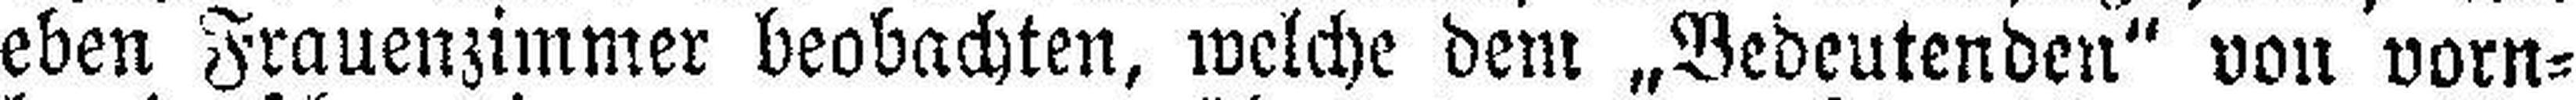
eben Frauenzimmer beobachten, welche dem „Bedeutenden“ von vorn¬